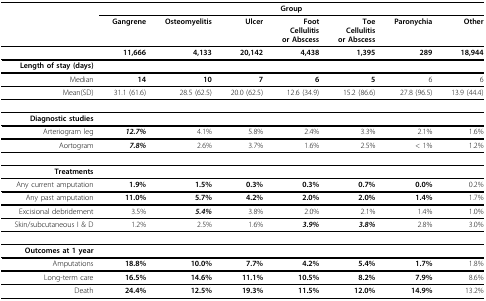
<table><thead><tr><td></td><td colspan="7"><b>Group</b></td></tr><tr><td></td><td><b>Gangrene</b></td><td><b>Osteomyelitis</b></td><td><b>Ulcer</b></td><td><b>Foot Cellulitisor Abscess</b></td><td><b>Toe Cellulitisor Abscess</b></td><td><b>Paronychia</b></td><td><b>Other</b></td></tr></thead><tbody><tr><td></td><td><b>11,666</b></td><td><b>4,133</b></td><td><b>20,142</b></td><td><b>4,438</b></td><td><b>1,395</b></td><td><b>289</b></td><td><b>18,944</b></td></tr><tr><td><b>Length of stay (days)</b></td><td></td><td></td><td></td><td></td><td></td><td></td><td></td></tr><tr><td>Median</td><td><b>14</b></td><td><b>10</b></td><td><b>7</b></td><td><b>6</b></td><td><b>5</b></td><td>6</td><td>6</td></tr><tr><td>Mean(SD)</td><td>31.1 (61.6)</td><td>28.5 (62.5)</td><td>20.0 (62.5)</td><td>12.6 (34.9)</td><td>15.2 (86.6)</td><td>27.8 (96.5)</td><td>13.9 (44.4)</td></tr><tr><td><b>Diagnostic studies</b></td><td></td><td></td><td></td><td></td><td></td><td></td><td></td></tr><tr><td>Arteriogram leg</td><td><b><i>12.7%</i></b></td><td>4.1%</td><td>5.8%</td><td>2.4%</td><td>3.3%</td><td>2.1%</td><td>1.6%</td></tr><tr><td>Aortogram</td><td><b><i>7.8%</i></b></td><td>2.6%</td><td>3.7%</td><td>1.6%</td><td>2.5%</td><td>&lt; 1%</td><td>1.2%</td></tr><tr><td><b>Treatments</b></td><td></td><td></td><td></td><td></td><td></td><td></td><td></td></tr><tr><td>Any current amputation</td><td><b>1.9%</b></td><td><b>1.5%</b></td><td><b>0.3%</b></td><td><b>0.3%</b></td><td><b>0.7%</b></td><td><b>0.0%</b></td><td>0.2%</td></tr><tr><td>Any past amputation</td><td><b>11.0%</b></td><td><b>5.7%</b></td><td><b>4.2%</b></td><td><b>2.0%</b></td><td><b>2.0%</b></td><td><b>1.4%</b></td><td>1.7%</td></tr><tr><td>Excisional debridement</td><td>3.5%</td><td><b><i>5.4%</i></b></td><td>3.8%</td><td>2.0%</td><td>2.1%</td><td>1.4%</td><td>1.0%</td></tr><tr><td>Skin/subcutaneous I &amp; D</td><td>1.2%</td><td>2.5%</td><td>1.6%</td><td><b><i>3.9%</i></b></td><td><b><i>3.8%</i></b></td><td>2.8%</td><td>3.0%</td></tr><tr><td><b>Outcomes at 1 year</b></td><td></td><td></td><td></td><td></td><td></td><td></td><td></td></tr><tr><td>Amputations</td><td><b>18.8%</b></td><td><b>10.0%</b></td><td><b>7.7%</b></td><td><b>4.2%</b></td><td><b>5.4%</b></td><td><b>1.7%</b></td><td>1.8%</td></tr><tr><td>Long-term care</td><td><b>16.5%</b></td><td><b>14.6%</b></td><td><b>11.1%</b></td><td><b>10.5%</b></td><td><b>8.2%</b></td><td><b>7.9%</b></td><td>8.6%</td></tr><tr><td>Death</td><td><b>24.4%</b></td><td><b>12.5%</b></td><td><b>19.3%</b></td><td><b>11.5%</b></td><td><b>12.0%</b></td><td><b>14.9%</b></td><td>13.2%</td></tr></tbody></table>